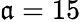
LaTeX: \mathfrak{a}=15